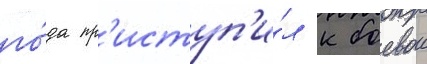
го́да пр'иступ'и́л к боевои